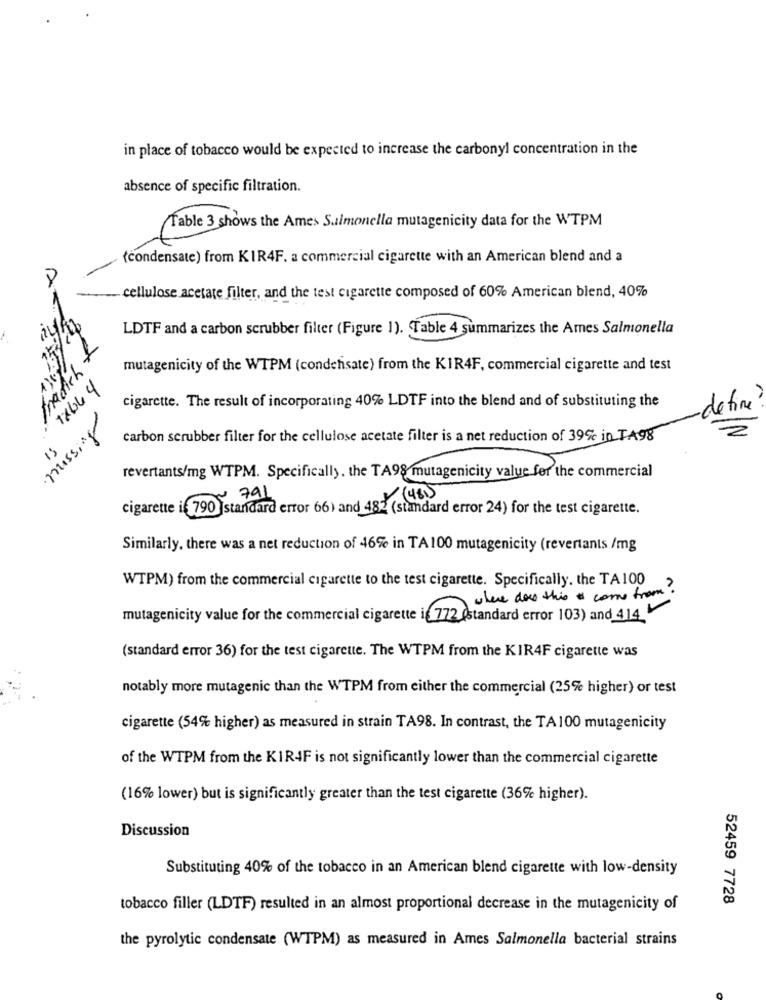
in place of tobacco would be expected to increase the carbonyl concentration in the
absence of specific filtration.
Table 3 shows the Ames Salmonella mutagenicity data for the WTPM
(condensate) from KIR4F. a commercial cigarette with an American blend and a
- cellulose acetate filter, and the test cigarette composed of 60% American blend, 40%
LDTF and a carbon scrubber filter (Figure 1). Table 4 summarizes the Ames Salmonella
madich
mutagenicity of the WTPM (condensate) from the KIR4F, commercial cigarette and test
TAbl 4
cigarette. The result of incorporating 40% LDTF into the blend and of substituting the
define
carbon scrubber filter for the cellulose acetate filter is a net reduction of 39% in TA98
Au'ssoul.
revertants/mg WTPM. Specifically. the TA98 mutagenicity value for the commercial
Nº 791
+ (48)
cigarette if 790 standard error 66) and 482 (standard error 24) for the test cigarette.
Similarly, there was a net reduction of 46% in TA100 mutagenicity (revertants /mg
WTPM) from the commercial cigarette to the test cigarette. Specifically, the TA100
where does this " come from.
mutagenicity value for the commercial cigarette ig 772 (standard error 103) and 414_
(standard error 36) for the test cigarette. The WTPM from the KIR4F cigarette was
notably more mutagenic than the WTPM from either the commercial (25% higher) or test
cigarette (54% higher) as measured in strain TA98. In contrast, the TA100 mutagenicity
of the WTPM from the KIR4F is not significantly lower than the commercial cigarette
(16% lower) but is significantly greater than the test cigarette (36% higher).
Discussion
Substituting 40% of the tobacco in an American blend cigarette with low-density
52459 7728
tobacco filler (LDTF) resulted in an almost proportional decrease in the mutagenicity of
the pyrolytic condensate (WTPM) as measured in Ames Salmonella bacterial strains